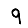
Digit: 9